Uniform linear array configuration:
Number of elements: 32
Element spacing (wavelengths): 0.75
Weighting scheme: uniform
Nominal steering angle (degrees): -45
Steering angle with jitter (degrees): -45.557
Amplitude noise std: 0.05
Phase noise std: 0.05

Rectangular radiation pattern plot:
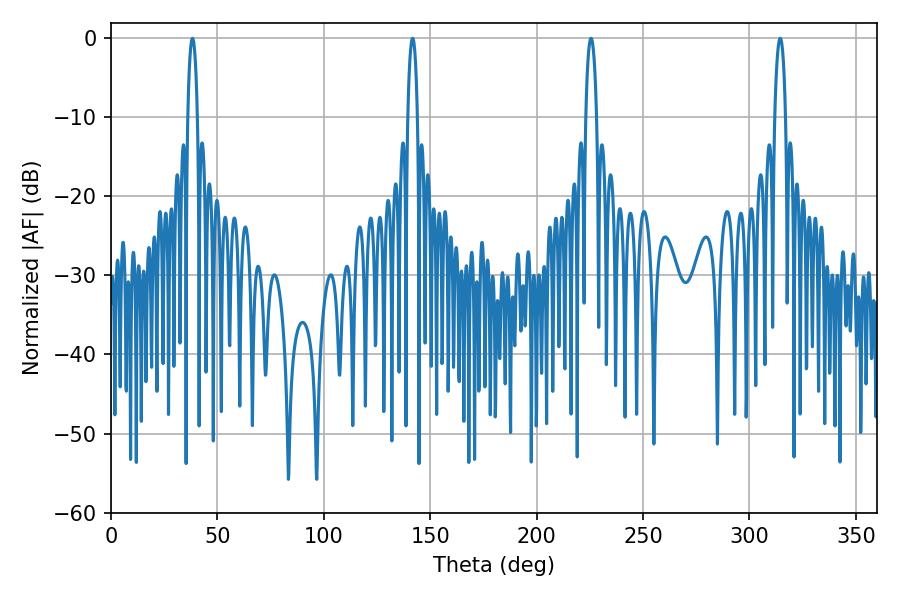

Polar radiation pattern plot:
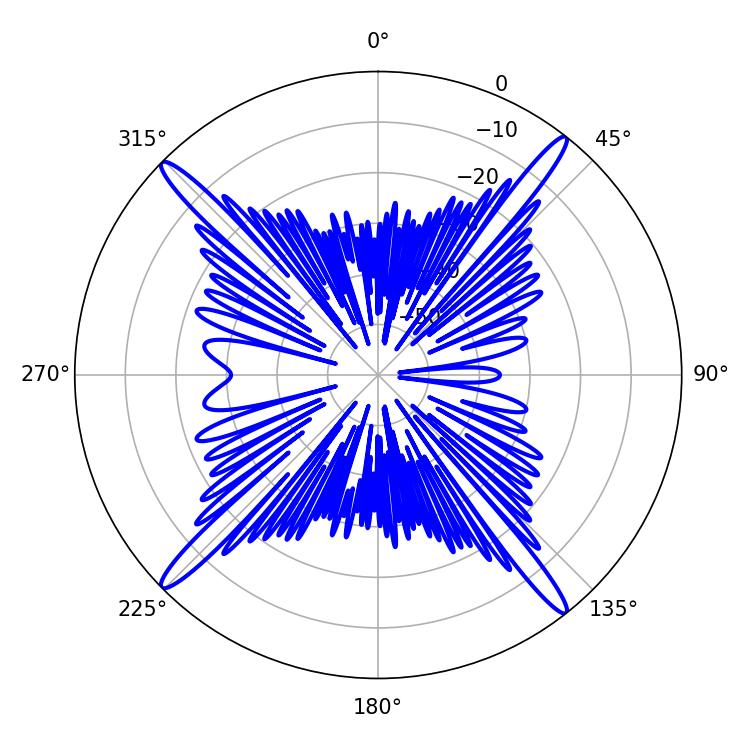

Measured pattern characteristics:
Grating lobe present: TRUE
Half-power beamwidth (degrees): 2.88
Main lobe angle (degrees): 225.54